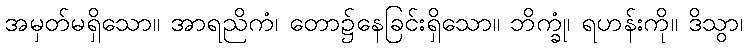
အမှတ်မရှိသော။ အာရညိကံ၊ တော၌နေခြင်းရှိသော။ ဘိက္ခုံ၊ ရဟန်းကို။ ဒိသွာ၊